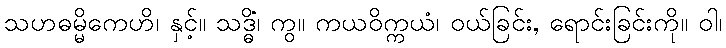
သဟဓမ္မိကေဟိ၊ နှင့်။ သဒ္ဓိံ၊ ကွ။ ကယဝိက္ကယံ၊ ဝယ်ခြင်း, ရောင်းခြင်းကို။ ဝါ၊